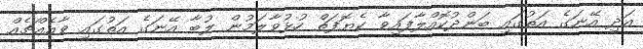
އަދި އޭނަގެ އަތުގައި ބަންދުކޮއްލާފައިވާ ކެޔޮފަތް ހުޅުވާލަމުން ލުބާ އޭނަގެ އަތުގައި ވާއެއްޗެއް